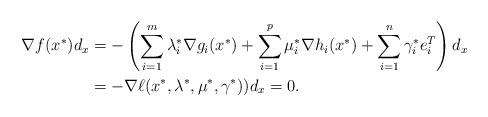
LaTeX: \begin{align*}\nabla f(x^*)d_x & = -\left(\sum\limits_{i=1}^m\lambda_i^*\nabla g_i(x^*)+\sum\limits_{i=1}^p\mu_i^*\nabla h_i(x^*) + \sum\limits_{i=1}^n \gamma_i^*e_i^T\right)d_x\\& = -\nabla\ell(x^*,\lambda^*,\mu^*,\gamma^*))d_x = 0.\end{align*}